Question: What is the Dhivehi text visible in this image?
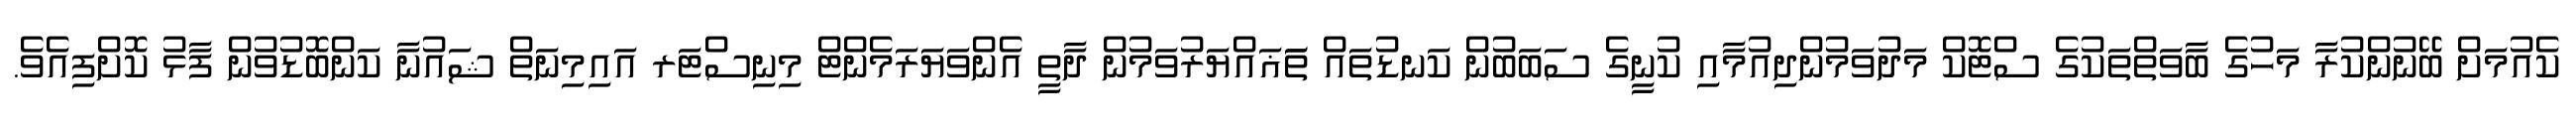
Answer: ކެއުމަށް ބޭނުންކުރާ މަހުގެ ބާވަތްތަކުގެ ސްޓޮކް މަދުވަމުންދިއުމާއި ކުނީގެ ސަބަބުން ކަނޑުތައް ތަަޣައްޔަރުވަމުން ދާތީ އެންވަޔަރަމެންޓް މިނިސްޓަރ އައިމިނަތް ޝައުނާ ކަންބޮޑުވުން ފާޅު ކޮށްފިއެވެ.